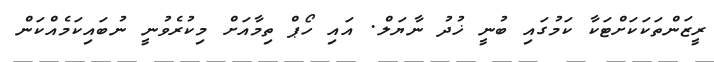
ރީޒަންތަކަކަށްޓަކާ ކަމުގައި ބުނީ ޚުދު ނާޔަލް. އައި ހޯޕް ތިމާއަށް މިކުރެވުނީ ނުބައިކަމެއްކަން